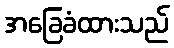
အခြေခံထားသည်